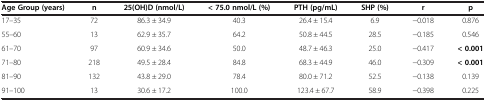
| Age Group (years) | n | 25(OH)D (nmol/L) | < 75.0 nmol/L (%) | PTH (pg/mL) | SHP (%) | r | p |
 | --- | --- | --- | --- | --- | --- | --- | --- |
 | 17–35 | 72 | 86.3 ± 34.9 | 40.3 | 26.4 ± 15.4 | 6.9 | −0.018 | 0.876 |
 | 55–60 | 13 | 62.9 ± 35.7 | 64.2 | 50.8 ± 44.5 | 28.5 | −0.185 | 0.546 |
 | 61–70 | 97 | 60.9 ± 34.6 | 50.0 | 48.7 ± 46.3 | 25.0 | −0.417 | < 0.001 |
 | 71–80 | 218 | 49.5 ± 28.4 | 84.8 | 68.3 ± 44.9 | 46.0 | −0.309 | < 0.001 |
 | 81–90 | 132 | 43.8 ± 29.0 | 78.4 | 80.0 ± 71.2 | 52.5 | −0.138 | 0.139 |
 | 91–100 | 13 | 30.6 ± 17.2 | 100.0 | 123.4 ± 67.7 | 58.9 | −0.398 | 0.225 |